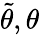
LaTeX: \tilde{\theta},\theta